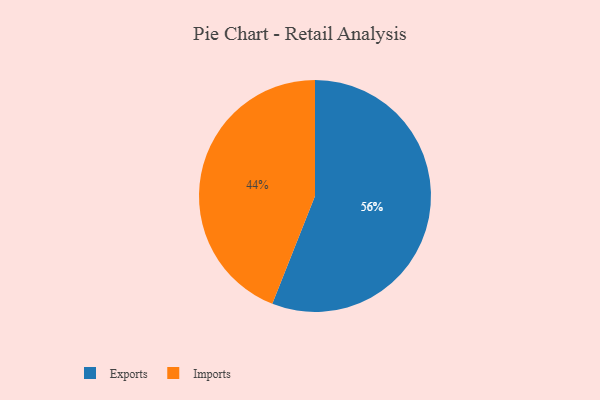
{"axis": {"x": "Category", "y": "Percentage"}, "legend": ["Exports", "Imports"], "data": [{"x": "Exports", "y": 56, "type": "Exports"}, {"x": "Imports", "y": 44, "type": "Imports"}]}